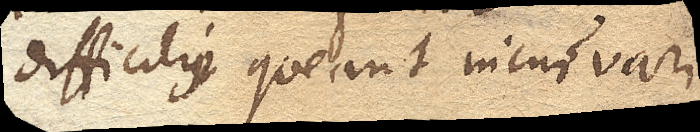
difficilius queant incurvari.